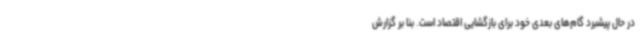
در حال پیشبرد گام‌های بعدی خود برای بازگشایی اقتصاد است. بنا بر گزارش